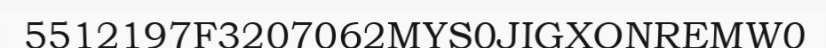
5512197F3207062MYS0JIGXONREMW0